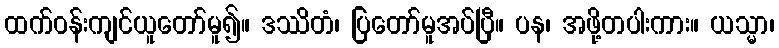
ထက်ဝန်းကျင်ယူတော်မူ၍။ ဒဿိတံ၊ ပြတော်မူအပ်ပြီ။ ပန၊ အဖို့တပါးကား။ ယသ္မာ၊